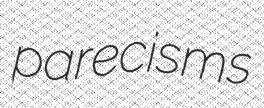
parecisms